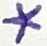
Text: *